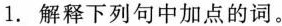
1.解释下列句中加点的词。